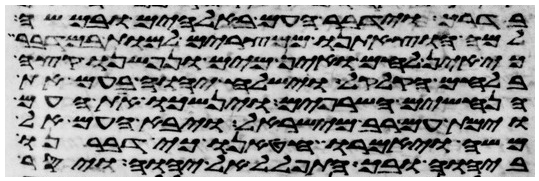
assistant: בדרך וידבר העם באלהים ובמשה
למה הוצאתנו ממצרים למות במדבר
כי אין לחם ואין מים ונפשנו קצה
בלחם הקלקל וישלח יהוה בעם את
הנחשים השרופים וינשכו את העם
וימת עם רב מישראל ויבא העם אל
משה ויאמרו חטאנו כי דברנו
ביהוה ובך התפלל אל יהוה ויסר